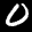
Label: 0